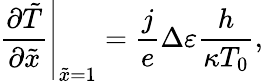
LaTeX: {\left.{\frac{{\partial\tilde{T}}}{{\partial\tilde{x}}}}\right|_{\tilde{x}=1}}=\frac{j}{e}\Delta\varepsilon\frac{h}{{\kappa{T_{0}}}},